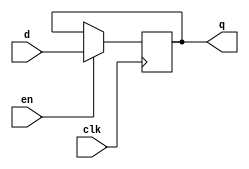
module register_no_rst
# (
    parameter w = 1
) 
(
    input                clk,
    input                en,
    input      [w - 1:0] d,
    output reg [w - 1:0] q
);

    always @ (posedge clk)
        if (en)
            q <= d;

endmodule